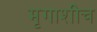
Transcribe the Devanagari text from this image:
मृगाशीच